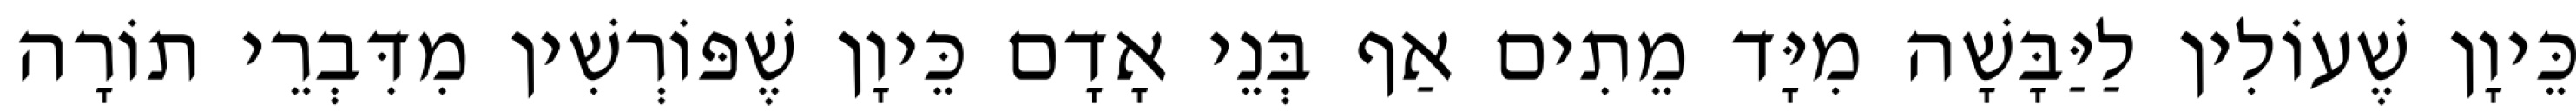
כֵּיוָן שֶׁעוֹלִין לַיַּבָּשָׁה מִיָּד מֵתִים אַף בְּנֵי אָדָם כֵּיוָן שֶׁפּוֹרְשִׁין מִדִּבְרֵי תוֹרָה